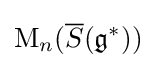
\mathrm {M} _{n}({\overline {S}}({\mathfrak {g}}^{\ast }))